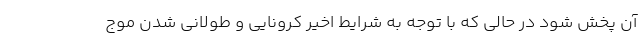
آن پخش شود در حالی که با توجه به شرایط اخیر کرونایی و طولانی شدن موج